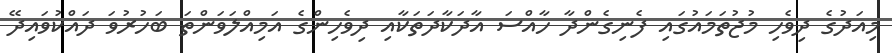
މިއަދުގެ ދިވެހި މުޖުތަމައުގައި ފެނިގެންދާ ހާއްސަ އާދަކާދަތަކާއި ދިވެހިންގެ އަމިއްލަވަންތަ ބަހުރުވަ ދައްކުވައިދޭ